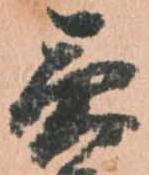
急